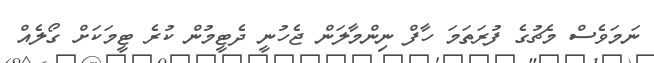
ނަމަވެސް މެޗުގެ ފުރަތަމަ ހާފް ނިންމާލަން ޖެހުނީ ދެޓީމުން ކުރެ ޓީމަކަށް ގޯލެއް